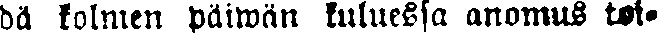
dä kolmen päiwan kuluessa anomus toi-